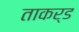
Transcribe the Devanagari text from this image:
ताकर्ड